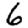
Digit: 6